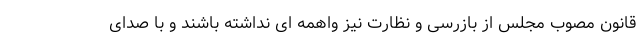
قانون مصوب مجلس از بازرسی و نظارت نیز واهمه ای نداشته باشند و با صدای